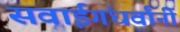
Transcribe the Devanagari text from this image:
सवाईगंधर्वांनी